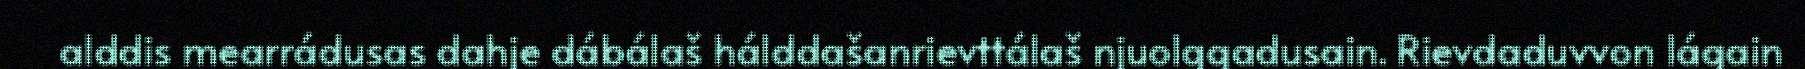
alddis mearrádusas dahje dábálaš hálddašanrievttálaš njuolggadusain. Rievdaduvvon lágain